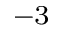
^ { - 3 }